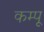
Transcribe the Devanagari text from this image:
कम्पू